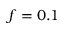
f = 0 . 1